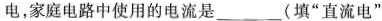
电，家庭电路中使用的电流是___(填”直流电”